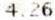
4.26